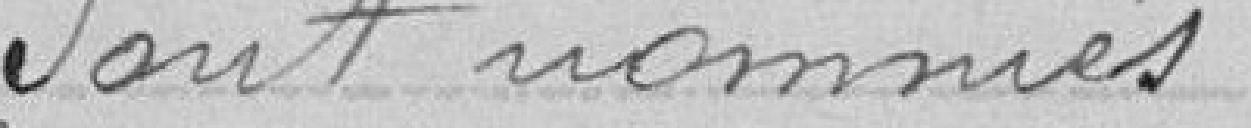
Sont nommés